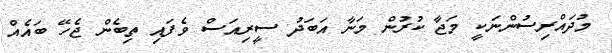
މުދައްރިސުންނަކީ މަޖާ ކުރުން މަނާ އަބަދު ސީރިއަސް ވެފައި ތިބެން ޖެހޭ ބައެއް